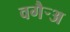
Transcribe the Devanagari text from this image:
वगैर्‍अ